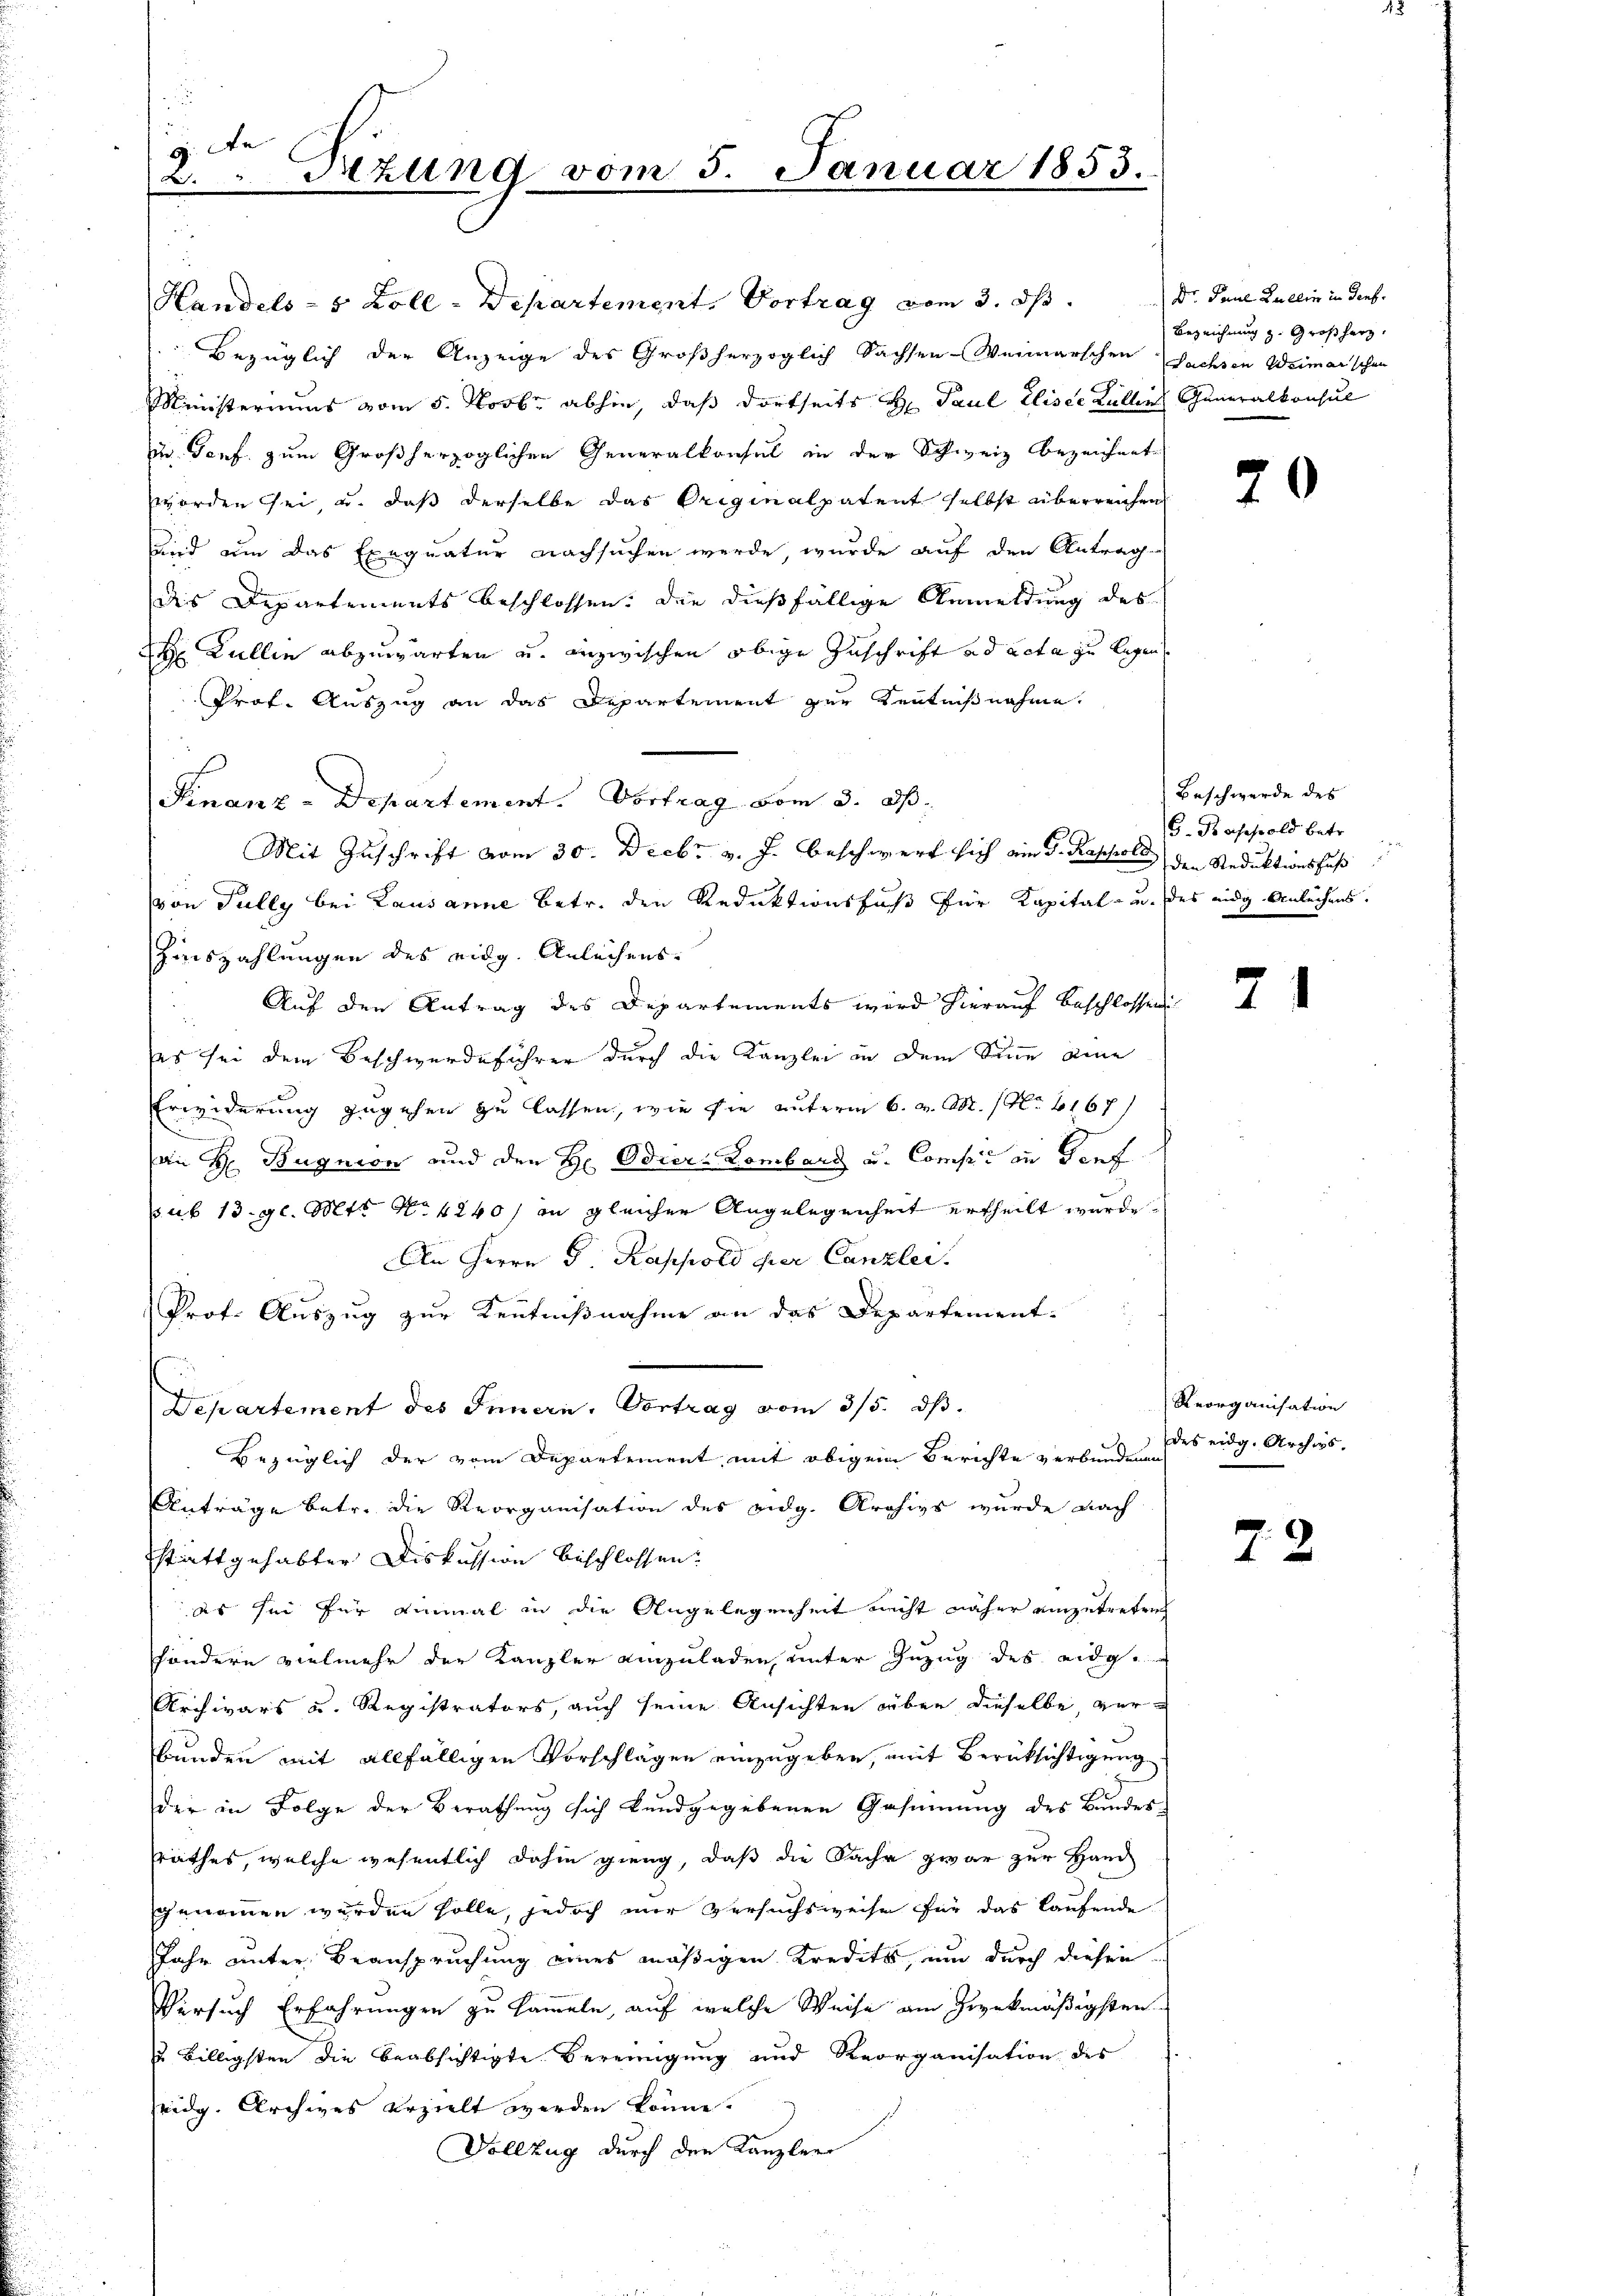
g: An
Tizung vom 5. Januar 1853.
.

Handels- 5 Zoll-Departement. Vortrag vom 3. ds                       " Dr. Paul Lullin in dens.
Bezüglich der Anzeige des Großherzoglich Sachsen-Weimarschen Sachsen Weimarschen
Ministeriums vom 5. Novbr abhin, daß dortseits H. Paul Eliser Zellen Generalkonsul
ie Torf zum Großherzoglichen Generalkonsul in der Schweiz bezeichnet
worden sei, u. daß derselbe das Originalpatent selbst überreichen
Bird um das Exequatur nachsuchen werde, wurde auf den Antrag-
des Departements beschlossen. Die dießfällige Anmeldung des
H Dullin abzuwarten u. inzwischen obige Zuschrift ad acta zu legen
Prof. Auszug an das Departement zur Kenntnißnahme.
Finanz-Departement. Vortrag vom 3. d.
Mit Zuschrift vom 30. Decbr v. J. beschwert sich am 5. Rappold den Reduktionsfuß
von Fully bei Lausanne betr. den Reduktionsfuß für Kapital- u. des eidg Anleihens.
Zinszahlungen des eidg. Anleihens.
Auf den Antrag des Departements wird hierauf beschlossen
es sei dem Beschwerdeführer durch die Kanzlei in dem Sinne eine
Erwiderung zugehen zu lassen, wie sie unterm 6. v. M. No. 2167/
an H Bugnion und den H Odier-Lombarg u. Comp. in Genf
ab 13. gl. Mtt. No 4240 / in gleicher Angelegenheit ertheilt wurde.
An Herrn P. Rappold der Canzler.
Prof. Auszug zur Kenntnißnahme an das Departement.
Departement des Innern, Vortrag vom 3/5. ds.
bezüglich der vom Departement mit obigem Berichte verbundenen
Anträge betr. die Reorganisation des eidg. Archivs wurde nach
statt gehabter Diskussion beschlossen:
es sei für einmal in die Angelegenheit nicht näher einzutreten
söndern vielmehr der Kanzler einzuladen, unter Zuzug des eidg.
Archivars u. Registrators, auch seine Ansichten über dieselbe, ver-
Bunden mit allfälligen Vorschlägen einzugeben, mit Berücksichtigung
der in Folge der Berathung sich kundgegebenen Gesinnung des Bunder-
srathes, welche wesentlich dahin gieng, daß die Sache zwar zur Hand
genommen werden sollte, jedoch nur Versuchsweise für das laufende
Jahr unter Beanspruchung eines mäßigen Kredits, um durch diesen
Versuch Erfahrungen zu sammeln, auf welche Weise am zwekmäßigsten
u Billigsten die beabsichtigte Vereinigung und Reorganisation des
eidg. Archives erzielt werden könne.
Vollzug durch den Kanzler

Bezeichnung z. Großherz.

20

Beschwerde des
G. Hasepold betr.

2

Reorganisation
des eidg. Archivs.

72